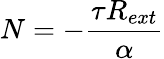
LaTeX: N=-{\frac{\tau R_{ext}}{\alpha}}